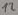
Text: 12